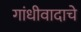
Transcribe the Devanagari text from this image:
गांधीवादाचे